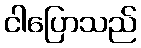
ငါပြောသည်